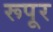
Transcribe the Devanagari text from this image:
रूपूर